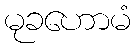
မုခဟောမံ